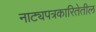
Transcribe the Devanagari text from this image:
नाट्यपत्रकारितेतील